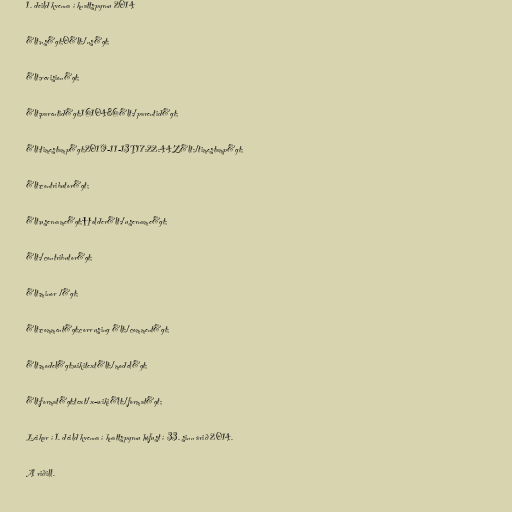
1. deild kvenna í knattspyrnu 2014

&lt;ns&gt;0&lt;/ns&gt;

&lt;revision&gt;

&lt;parentid&gt;1610486&lt;/parentid&gt;

&lt;timestamp&gt;2019-11-13T17:22:44Z&lt;/timestamp&gt;

&lt;contributor&gt;

&lt;username&gt;Holder&lt;/username&gt;

&lt;/contributor&gt;

&lt;minor /&gt;

&lt;comment&gt;corr using &lt;/comment&gt;

&lt;model&gt;wikitext&lt;/model&gt;

&lt;format&gt;text/x-wiki&lt;/format&gt;

Leikar í 1. deild kvenna í knattspyrnu hófust í 33. sinn árið 2014.

A riðill.